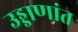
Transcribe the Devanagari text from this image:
उड्डाणांत